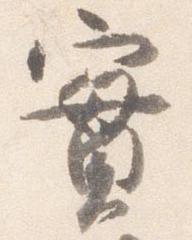
実